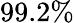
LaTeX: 99.2\%